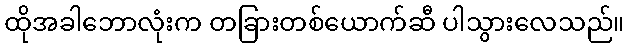
ထိုအခါဘောလုံးက တခြားတစ်ယောက်ဆီ ပါသွားလေသည်။